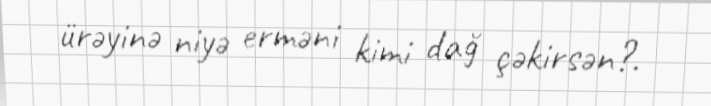
ürəyinə niyə erməni kimi dağ çəkirsən?.